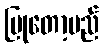
ပြုတော့မည်